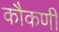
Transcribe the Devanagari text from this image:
कौकणी